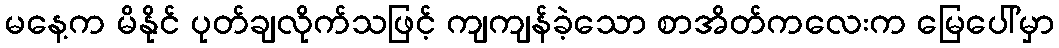
မနေ့က မိနိုင် ပုတ်ချလိုက်သဖြင့် ကျကျန်ခဲ့သော စာအိတ်ကလေးက မြေပေါ်မှာ